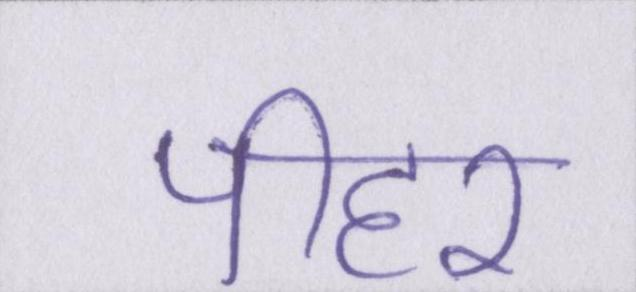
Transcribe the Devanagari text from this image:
पीहर